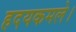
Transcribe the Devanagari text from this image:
हदयकमले।